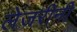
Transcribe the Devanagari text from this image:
लेजरीनी